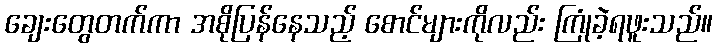
ချေးတွေတက်ကာ အစိုပြန်နေသည့် စောင်များကိုလည်း ကြုံခဲ့ရဖူးသည်။